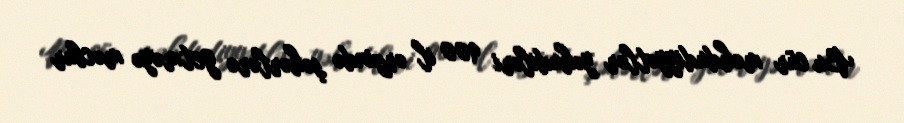
Bu cür məhdudiyyətlər yəhudiləri 900 il ərzində şəhərlərə getməyə məcbur